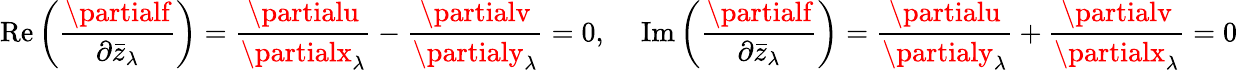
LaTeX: \operatorname{R\mathrm{e}}{\biggl(}{\frac{{\partialf}}{{\partial{\bar{{z}}}_{\lambda}}}}{\biggr)}={\frac{{\partialu}}{{\partialx_{\lambda}}}}-{\frac{{\partialv}}{{\partialy_{\lambda}}}}=0,\ \ \ \ \operatorname{Im}{\biggl(}{\frac{{\partialf}}{{\partial{\bar{{z}}}_{\lambda}}}}{\biggr)}={\frac{{\partialu}}{{\partialy_{\lambda}}}}+{\frac{{\partialv}}{{\partialx_{\lambda}}}}=0